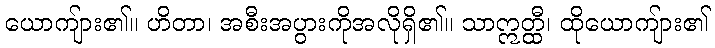
ယောကျ်ား၏။ ဟိတာ၊ အစီးအပွားကိုအလိုရှိ၏။ သာဣတ္ထီ၊ ထိုယောကျ်ား၏